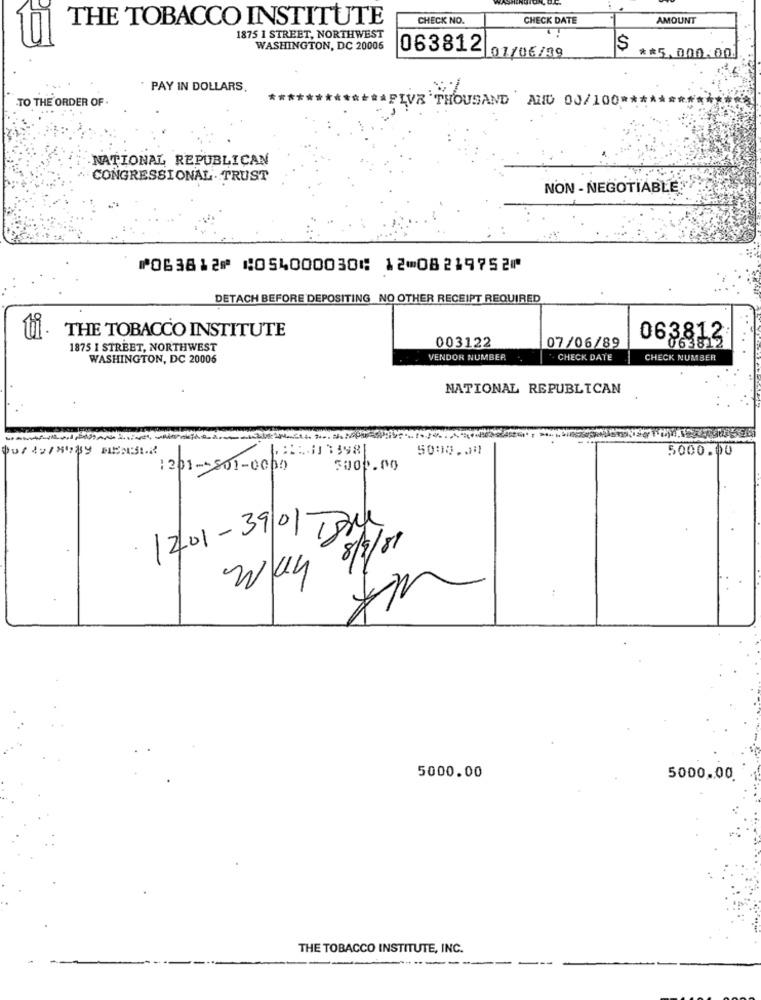
THE TOBACCO INSTITUTE
CHECK NO.
CHECK DATE
AMOUNT
íà
1875 1 STREET, NORTHWEST
WASHINGTON, DC 20006
$
063812 01/06/99
** 5,000.00.
PAY IN DOLLARS
TO THE ORDER OF .
FIVE THOUSAND ALID 00/100 ***
.NATIONAL REPUBLICAN
CONGRESSIONAL. TRUST
NON- NEGOTIABLE
⑈063812⑈ ⑆054000030⑆ 12⑉08219752⑈
DETACH BEFORE DEPOSITING NO OTHER RECEIPT REQUIRED
THE TOBACCO INSTITUTE
063812
1875 I STREET, NORTHWEST
003122
07/06/89
063812
WASHINGTON, DC 20006
VENDOR NUMBER
. CHECK DATE
CHECK NUMBER
NATIONAL REPUBLICAN
5000.00
5000.00
1201-501-0000
5000.00
1201-3901 TB
.
Way 8/3/81
5000.00
5000.00
THE TOBACCO INSTITUTE, INC.
-----
---